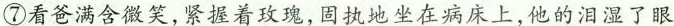
⑦\underline{看爸满含微笑,紧握着玫瑰,固执地坐在病床上,他的泪湿了眼}